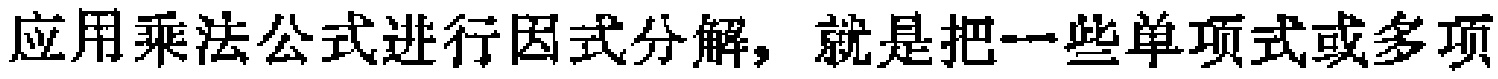
应用乘法公式进行因式分解，就是把一些单项式或多项